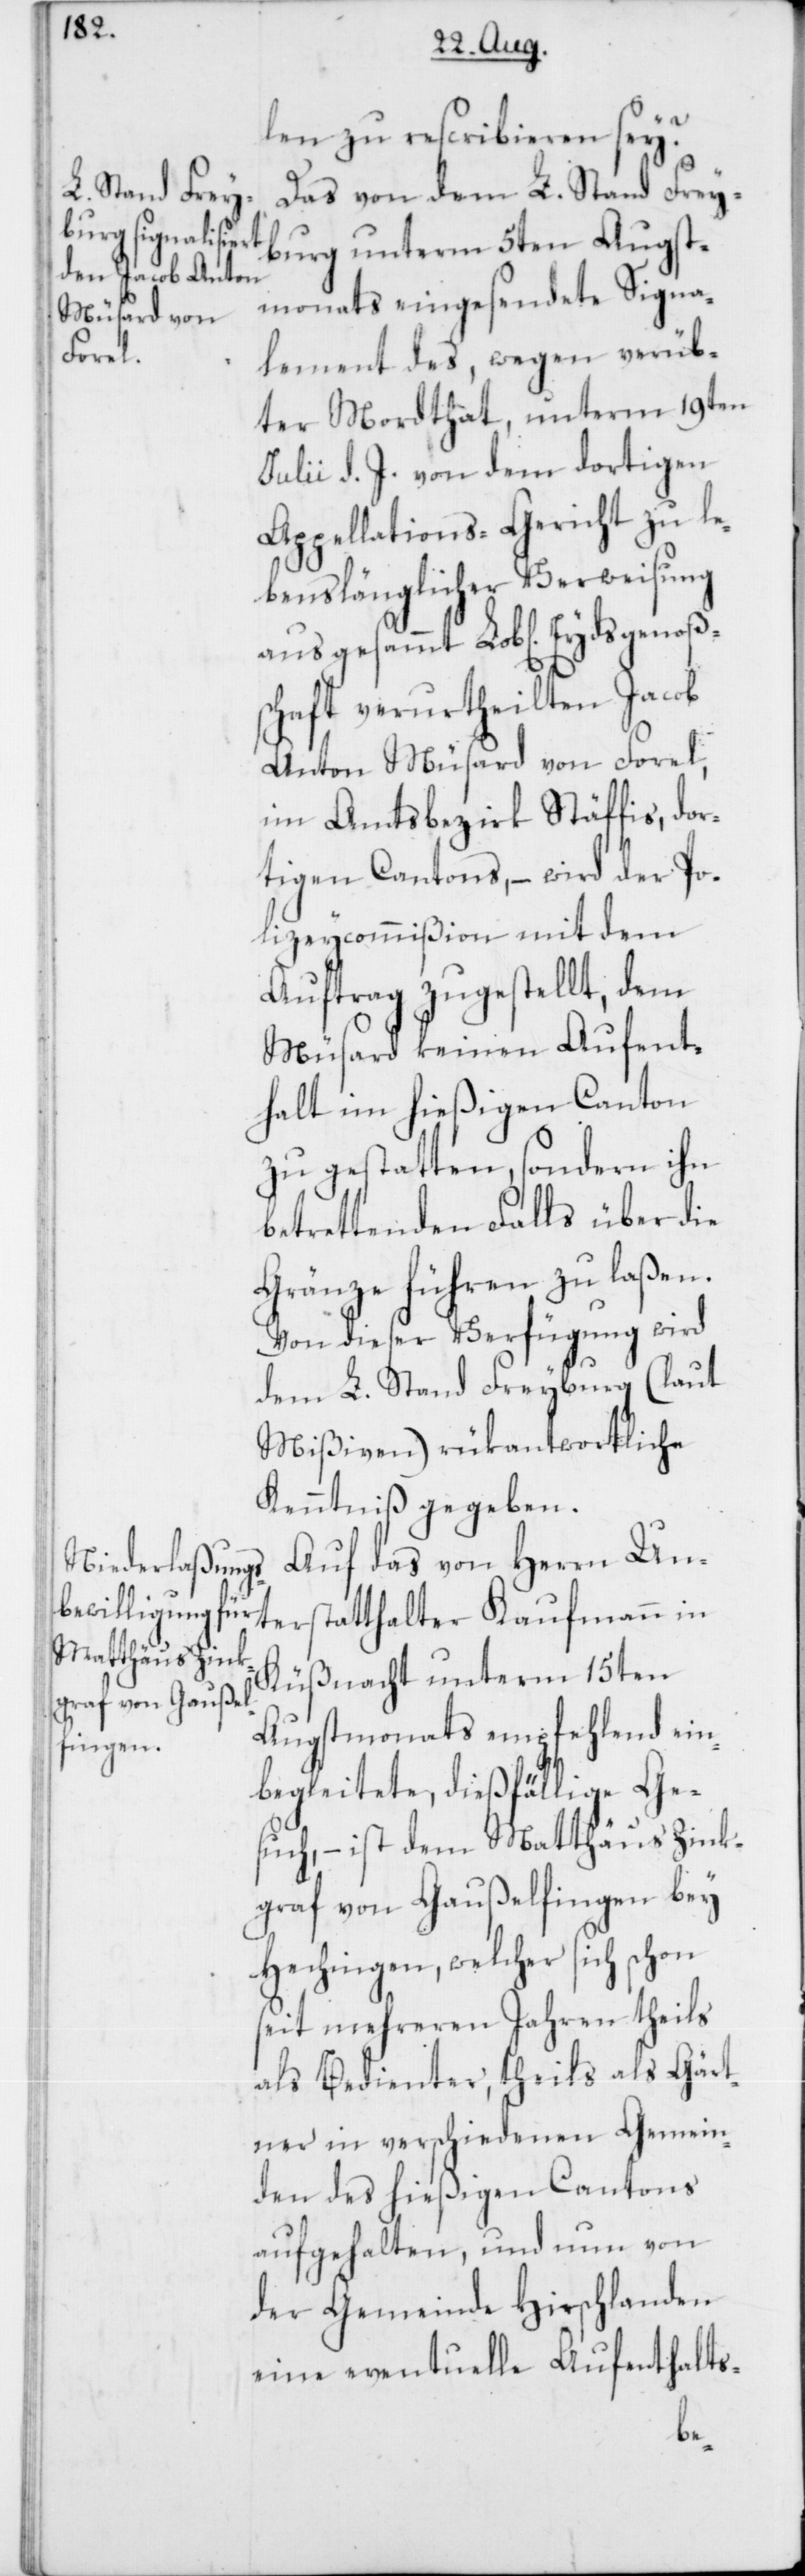
Eydsgenoßen¬

len zu rescribieren sey?
Das von dem L. Stand Frey¬
burg unterm 5ten Augst¬
monats eingesendete Signa¬
lement des, wegen verüb¬
ter Mordthat, unterm 19ten
Julii d. J. von dem dortigen
Appellations-Gericht zu le¬
benslänglicher Verweisung
schaft verurtheilten Jacob
Anton Müsard von Forel,
im Amtsbezirk Stäffis, dor¬
tigen Cantons, – wird der Po¬
lizeycommißion mit dem
Auftrag zugestellt, dem
Müsard keinen Aufent¬
halt im hießigen Canton
zu gestatten, sondern ihn
betrettenden Falls über die
Gränze führen zu laßen.
Von dieser Verfügung wird
dem L. Stand Freyburg (laut
Mißiven) rükantwortliche
Kenntniß gegeben.
Auf das von Herrn Un¬
terstatthalter Kaufmann in
Küßnacht unterm 15ten
Augstmonats empfehlend ein¬
begleitete, dießfällige Ge¬
such, – ist dem Matthäus Zink¬
graf von Gaußelfingen bey
Hechingen, welcher sich schon
seit mehreren Jahren theils
als Bedienter, theils als Gärt¬
ner in verschiedenen Gemein¬
den des hießigen Cantons
aufgehalten, und nun von
der Gemeinde Hirschlanden
eine eventuelle Aufenthalts-